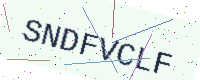
Text: SNDFVCLF